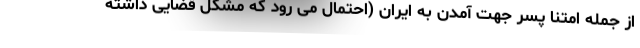
از جمله امتنا پسر جهت آمدن به ایران (احتمال می رود که مشکل قضایی داشته